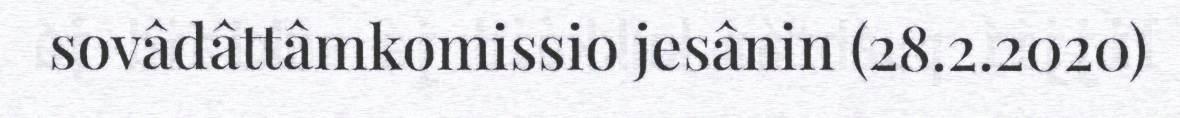
sovâdâttâmkomissio jesânin (28.2.2020)